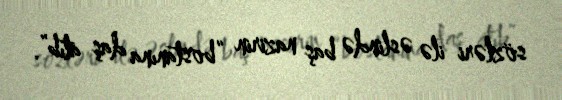
sözləri ilə əslində baş nazirin “bostanına daş atıb”.